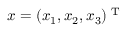
\boldsymbol { x } = ( x _ { 1 } , x _ { 2 } , x _ { 3 } ) ^ { \textrm { T } }